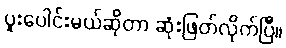
ပူးပေါင်းမယ်ဆိုတာ ဆုံးဖြတ်လိုက်ပြီ။